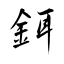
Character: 鉺